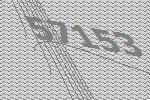
57153